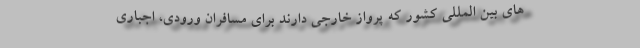
های بین المللی کشور که پرواز خارجی دارند برای مسافران ورودی، اجباری